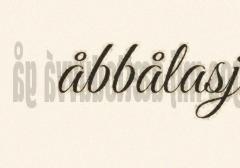
åbbålasj